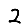
Digit: 2